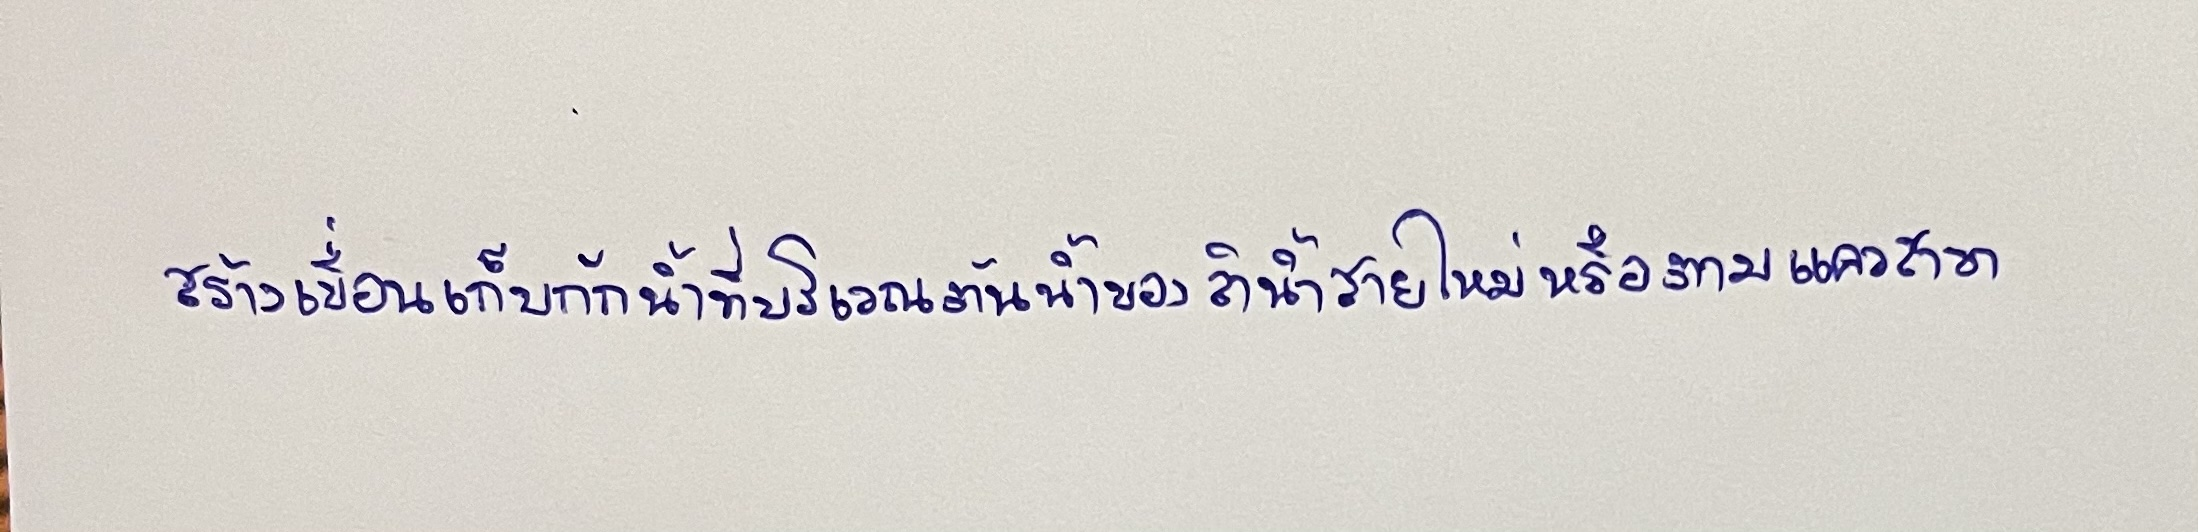
สร้างเขื่อนเก็บกักน้ำที่บริเวณต้นน้ำของลำน้ำสายใหม่หรือตามแควสาขา